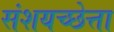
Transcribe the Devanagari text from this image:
संशयच्छेत्ता